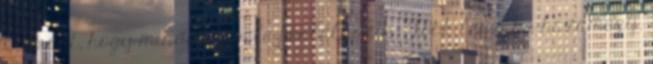
kiakadt, hogy mindenki vele foglalkozik. Jobb lesz, ha hazamegy.